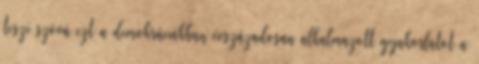
teszi szóvá ezt a demokráciákban évszázadosan alkalmazott gyakorlatot a